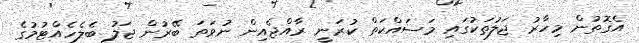
އެގޮތުން މިހާރު ޖަލުތަކުގައި މަސައްކަތް ކުރަނީ ރާއްޖެއިން ނުވަތަ ބޭރުން ޖަލު ބެލެހެއްޓުމުގެ